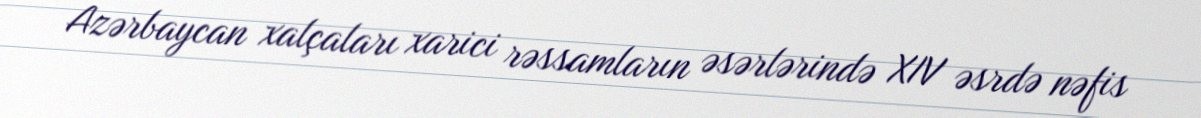
Azərbaycan xalçaları xarici rəssamların əsərlərində XIV əsrdə nəfis